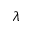
\lambda